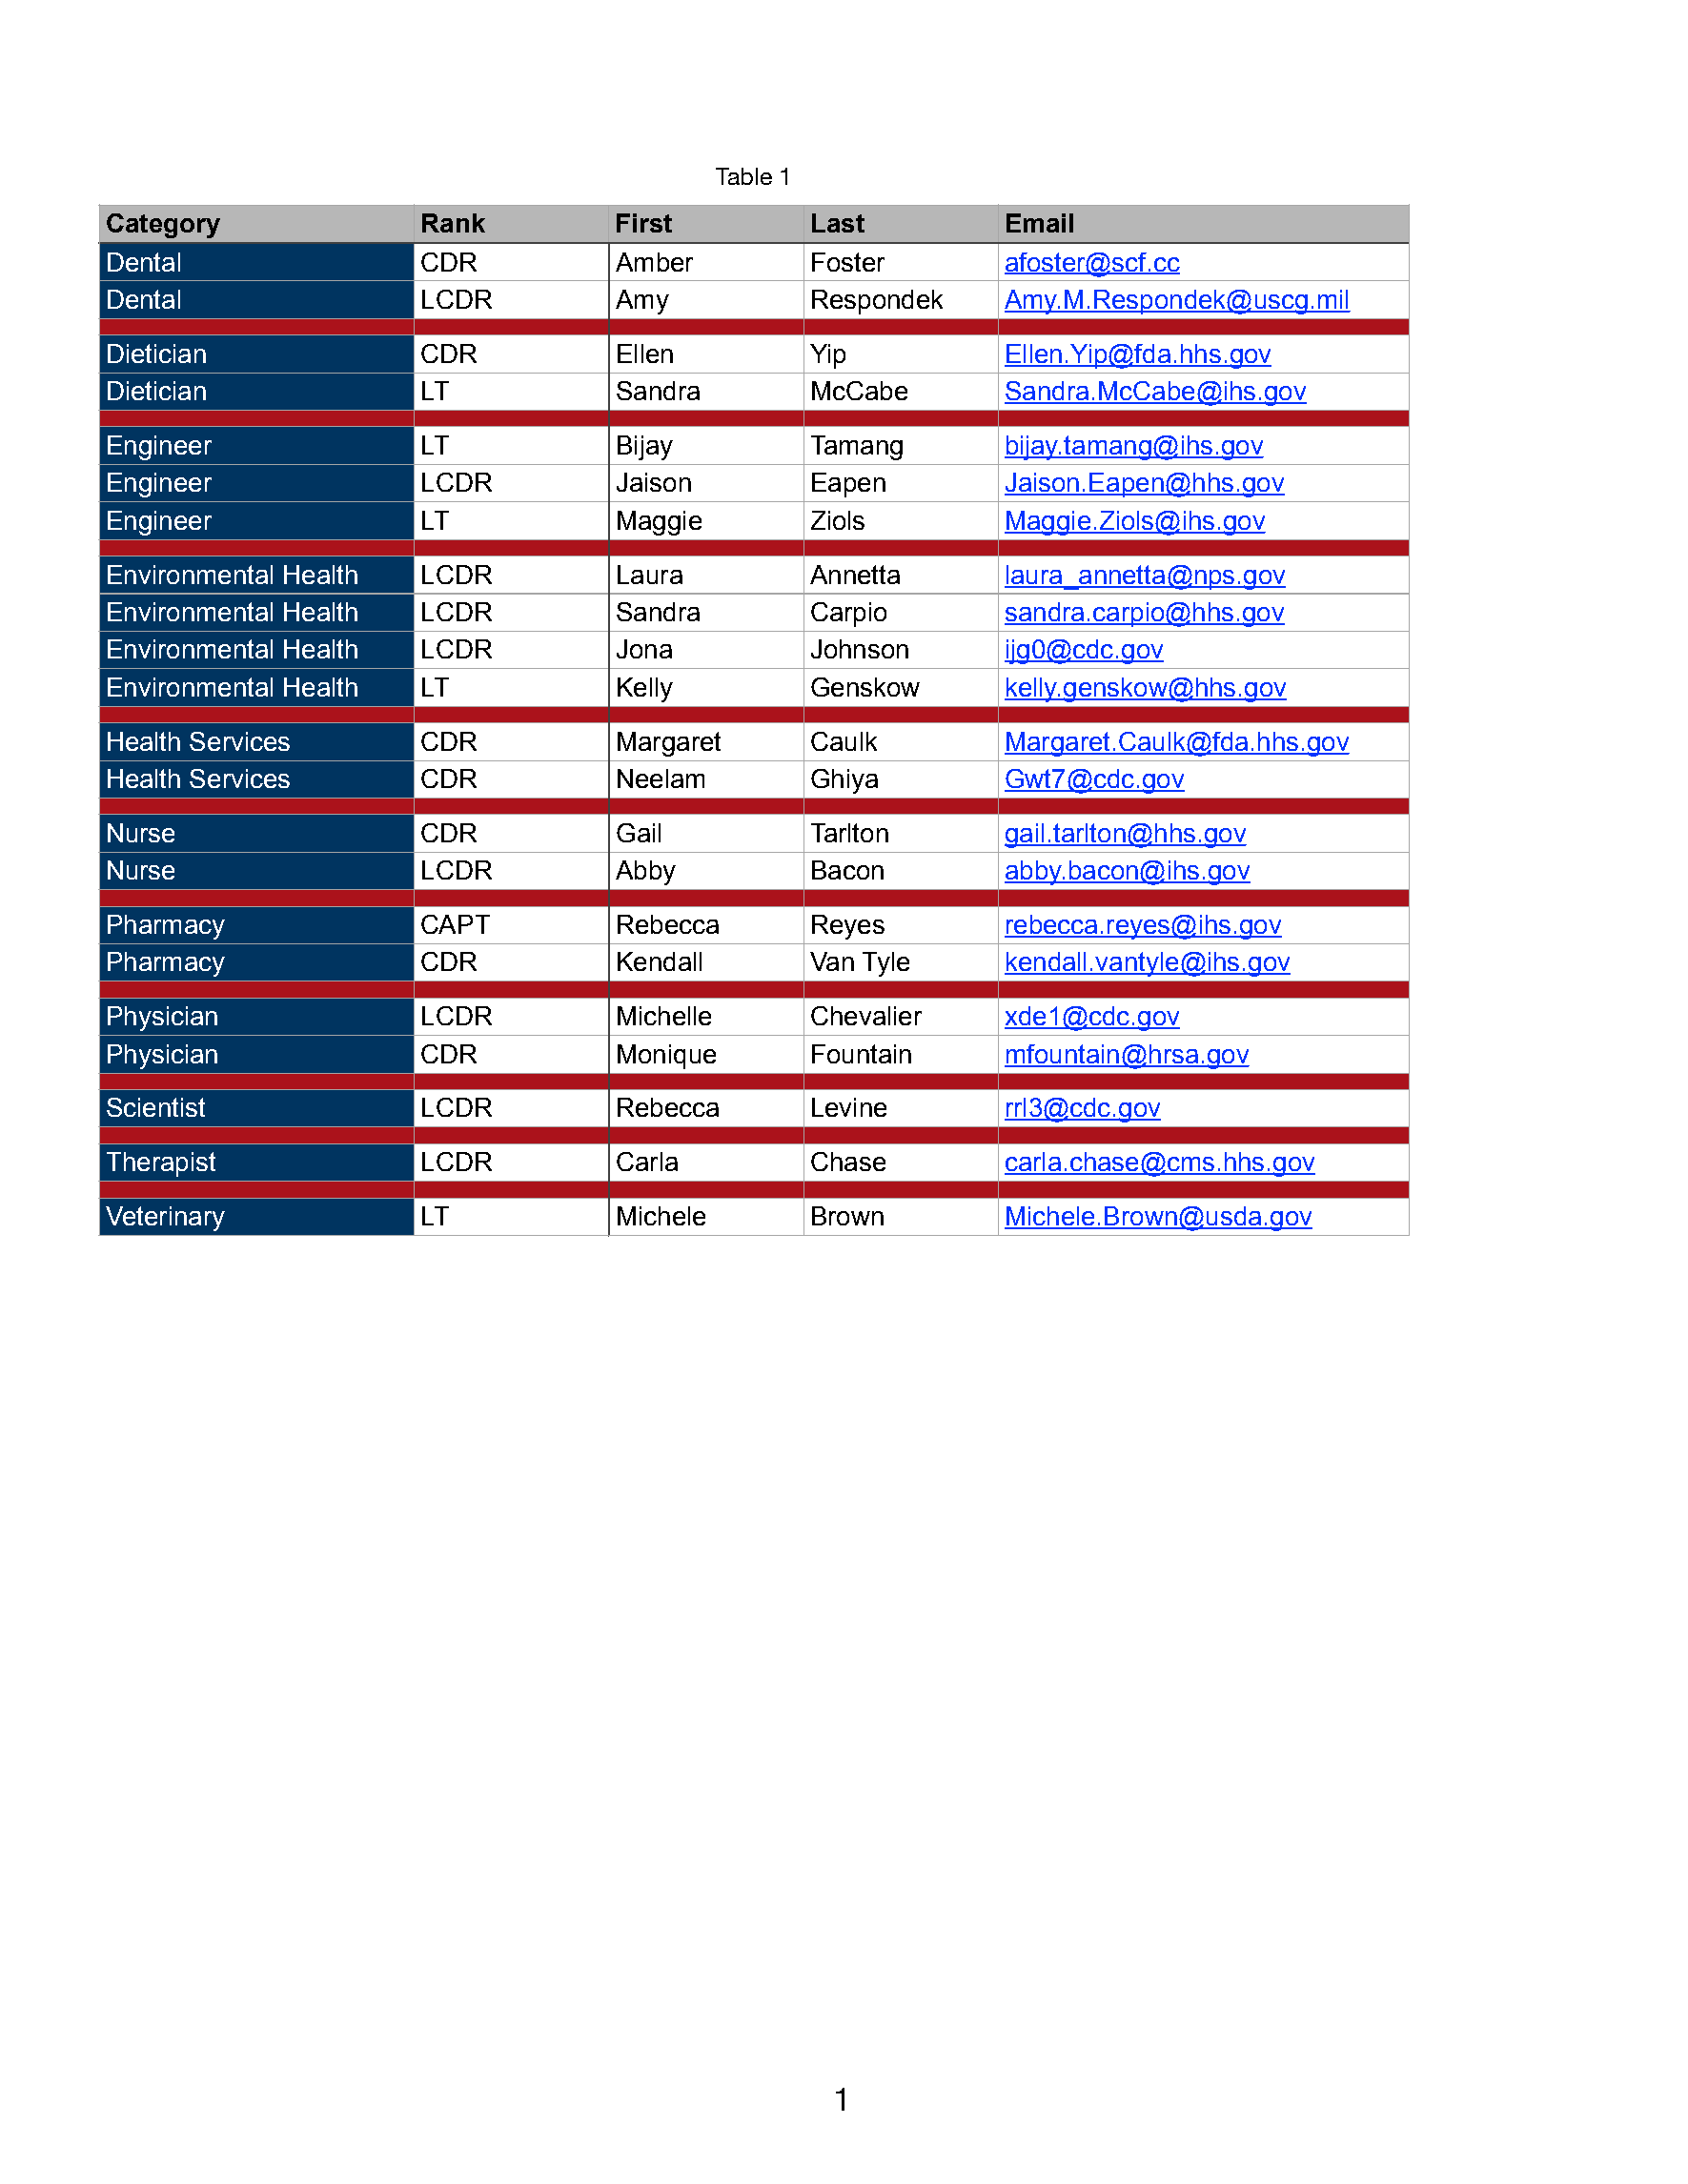
Table 1
 Category              Rank          First        Last          Email
 Dental                CDR           Amber        Foster        afoster@scf.cc
 Dental                LCDR          Amy          Respondek     Amy.M.Respondek@uscg.mil
 Dietician             CDR           Ellen        Yip           Ellen.Yip@fda.hhs.gov
 Dietician             LT            Sandra       McCabe        Sandra.McCabe@ihs.gov
 Engineer              LT            Bijay        Tamang        bijay.tamang@ihs.gov
 Engineer              LCDR          Jaison       Eapen         Jaison.Eapen@hhs.gov
 Engineer              LT            Maggie       Ziols         Maggie.Ziols@ihs.gov
 Environmental Health  LCDR          Laura        Annetta       laura_annetta@nps.gov
 Environmental Health  LCDR          Sandra       Carpio        sandra.carpio@hhs.gov
 Environmental Health  LCDR          Jona         Johnson       ijg0@cdc.gov
 Environmental Health  LT            Kelly        Genskow       kelly.genskow@hhs.gov
 Health Services       CDR           Margaret     Caulk         Margaret.Caulk@fda.hhs.gov
 Health Services       CDR           Neelam       Ghiya         Gwt7@cdc.gov
 Nurse                 CDR           Gail         Tarlton       gail.tarlton@hhs.gov
 Nurse                 LCDR          Abby         Bacon         abby.bacon@ihs.gov
 Pharmacy              CAPT          Rebecca      Reyes         rebecca.reyes@ihs.gov
 Pharmacy              CDR           Kendall      Van Tyle      kendall.vantyle@ihs.gov
 Physician             LCDR          Michelle     Chevalier     xde1@cdc.gov
 Physician             CDR           Monique      Fountain      mfountain@hrsa.gov
 Scientist             LCDR          Rebecca      Levine        rrl3@cdc.gov
 Therapist             LCDR          Carla        Chase         carla.chase@cms.hhs.gov
 Veterinary            LT            Michele      Brown         Michele.Brown@usda.gov
 1